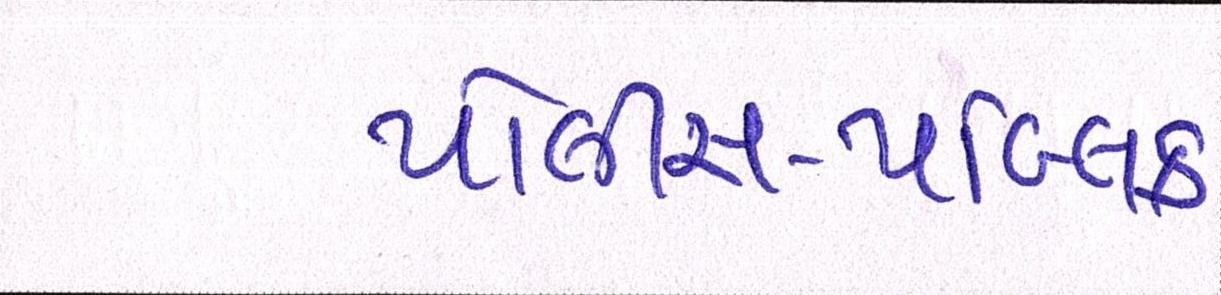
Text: પોલીસ-પબ્લિક